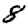
Digit: 8